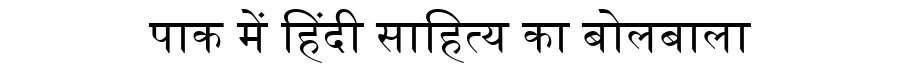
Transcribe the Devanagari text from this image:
पाक में हिंदी साहित्य का बोलबाला